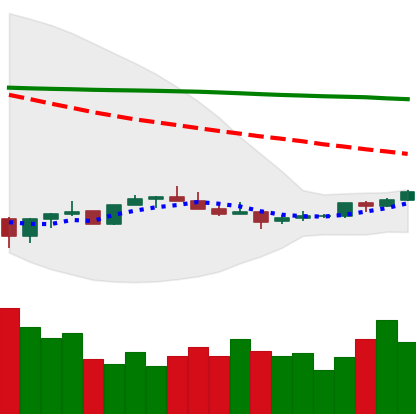
Ticker: XMR-USD
Chart end date: 2022-07-07
Forward return: -5.559%
Label: down_5_7